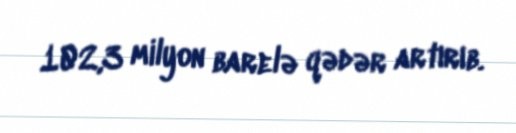
102,3 milyon barelə qədər artırıb.